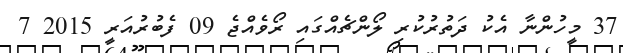
37 މީހުންނާ އެކު ދަތުރުކުރި ލޯންޗެއްގައި ރޯވެއްޖެ 09 ފެބުރުއަރީ 2015 7